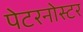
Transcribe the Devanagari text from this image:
पेटरनोस्टर